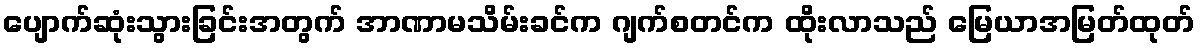
ပျောက်ဆုံးသွားခြင်းအတွက် အာဏာမသိမ်းခင်က ဂျက်စတင်က ထိုးလာသည် မြေယာအမြတ်ထုတ်